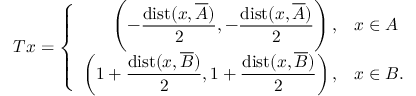
T x = \left\{ \begin{array} { r l } { \displaystyle \left( - \frac { \mathrm { d i s t } ( x , \overline { { A } } ) } { 2 } , - \frac { \mathrm { d i s t } ( x , \overline { { A } } ) } { 2 } \right) , } & { x \in A } \\ { \displaystyle \left( 1 + \frac { \mathrm { d i s t } ( x , \overline { { B } } ) } { 2 } , 1 + \frac { \mathrm { d i s t } ( x , \overline { { B } } ) } { 2 } \right) , } & { x \in B . } \end{array} \right.